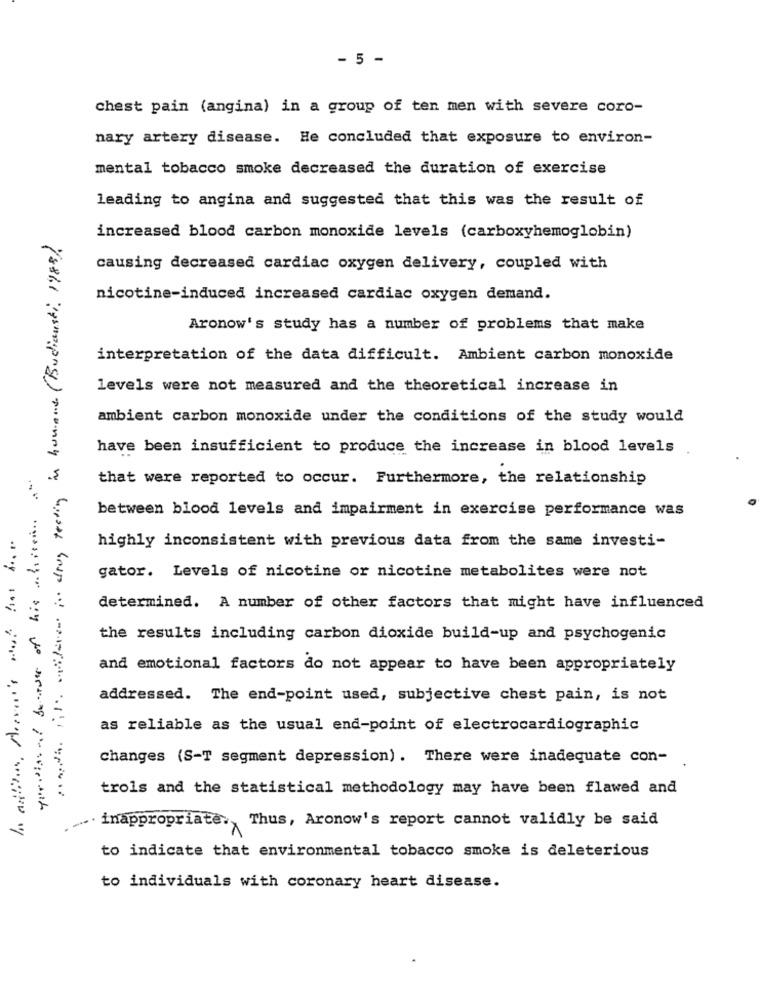
- 5 -
chest pain (angina) in a group of ten men with severe coro-
nary artery disease. He concluded that exposure to environ-
mental tobacco smoke decreased the duration of exercise
leading to angina and suggested that this was the result of
propthe inten siteten in drug testing in humane (Budiansti, 1988)
increased blood carbon monoxide levels (carboxyhemoglobin)
causing decreased cardiac oxygen delivery, coupled with
nicotine-induced increased cardiac oxygen demand.
Aronow's study has a number of problems that make
interpretation of the data difficult. Ambient carbon monoxide
levels were not measured and the theoretical increase in
ambient carbon monoxide under the conditions of the study would
have been insufficient to produce the increase in blood levels
that were reported to occur. Furthermore, the relationship
between blood levels and impairment in exercise performance was
highly inconsistent with previous data from the same investi-
gator. Levels of nicotine or nicotine metabolites were not
determined. A number of other factors that might have influenced
the results including carbon dioxide build-up and psychogenic
and emotional factors do not appear to have been appropriately
addressed. The end-point used, subjective chest pain, is not
as reliable as the usual end-point of electrocardiogramic
changes (S-T segment depression). There were inadequate con-
trols and the statistical methodology may have been flawed and
inappropriate ., Thus, Aronow's report cannot validly be said
to indicate that environmental tobacco smoke is deleterious
to individuals with coronary heart disease.